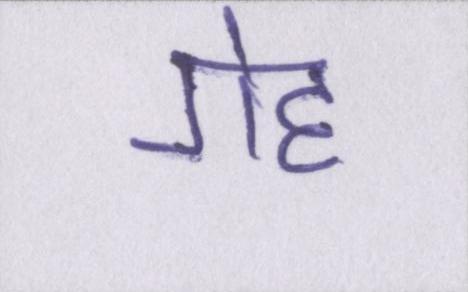
गेह